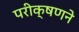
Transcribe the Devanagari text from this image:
परीक्षणने